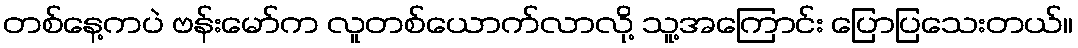
တစ်နေ့ကပဲ ဗန်းမော်က လူတစ်ယောက်လာလို့ သူ့အကြောင်း ပြောပြသေးတယ်။